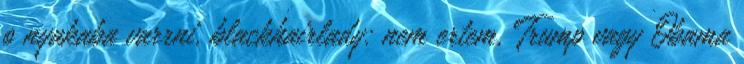
o nyakaba varrni. blackhairlady: nem ertem, Trump vagy Obama